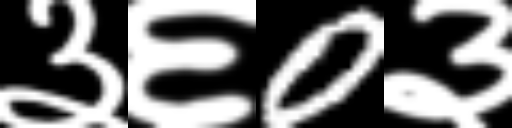
Text: ३६0३